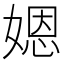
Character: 𡟯